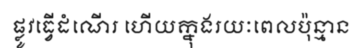
ផ្លូវធ្វើដំណើរ ហើយក្នុងរយៈពេលប៉ុន្មាន